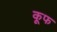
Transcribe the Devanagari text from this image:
कूफ